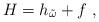
LaTeX: \begin{align*}H=h_{\tilde\omega}+f\ ,\end{align*}